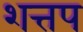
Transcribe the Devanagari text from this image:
शत्तप